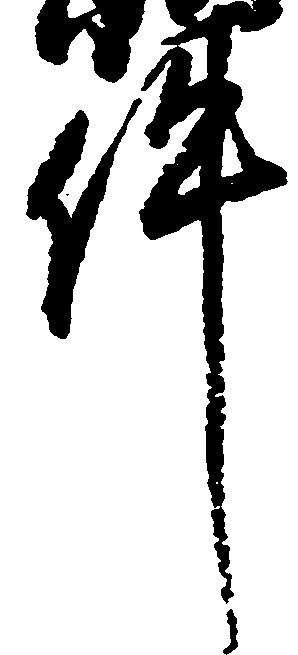
件